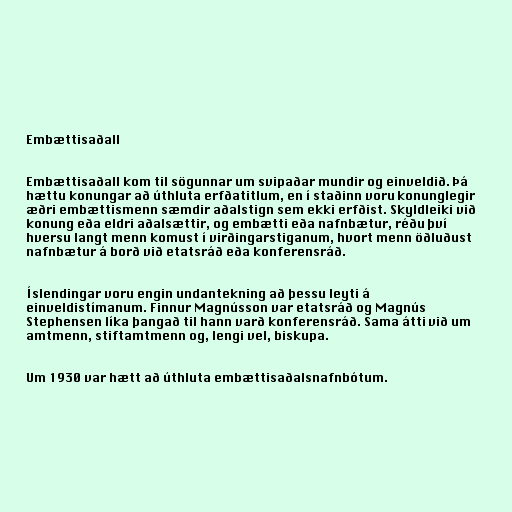
Embættisaðall

Embættisaðall kom til sögunnar um svipaðar mundir og einveldið. Þá
hættu konungar að úthluta erfðatitlum, en í staðinn voru konunglegir
æðri embættismenn sæmdir aðalstign sem ekki erfðist. Skyldleiki við
konung eða eldri aðalsættir, og embætti eða nafnbætur, réðu því
hversu langt menn komust í virðingarstiganum, hvort menn öðluðust
nafnbætur á borð við etatsráð eða konferensráð.

Íslendingar voru engin undantekning að þessu leyti á
einveldistímanum. Finnur Magnússon var etatsráð og Magnús
Stephensen líka þangað til hann varð konferensráð. Sama átti við um
amtmenn, stiftamtmenn og, lengi vel, biskupa.

Um 1930 var hætt að úthluta embættisaðalsnafnbótum.